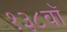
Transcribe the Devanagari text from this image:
१३८वॉ